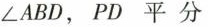
∠ABD，PD平分